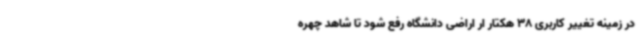
در زمینه تغییر کاربری 38 هکتار ار اراضی دانشگاه رفع شود تا شاهد چهره